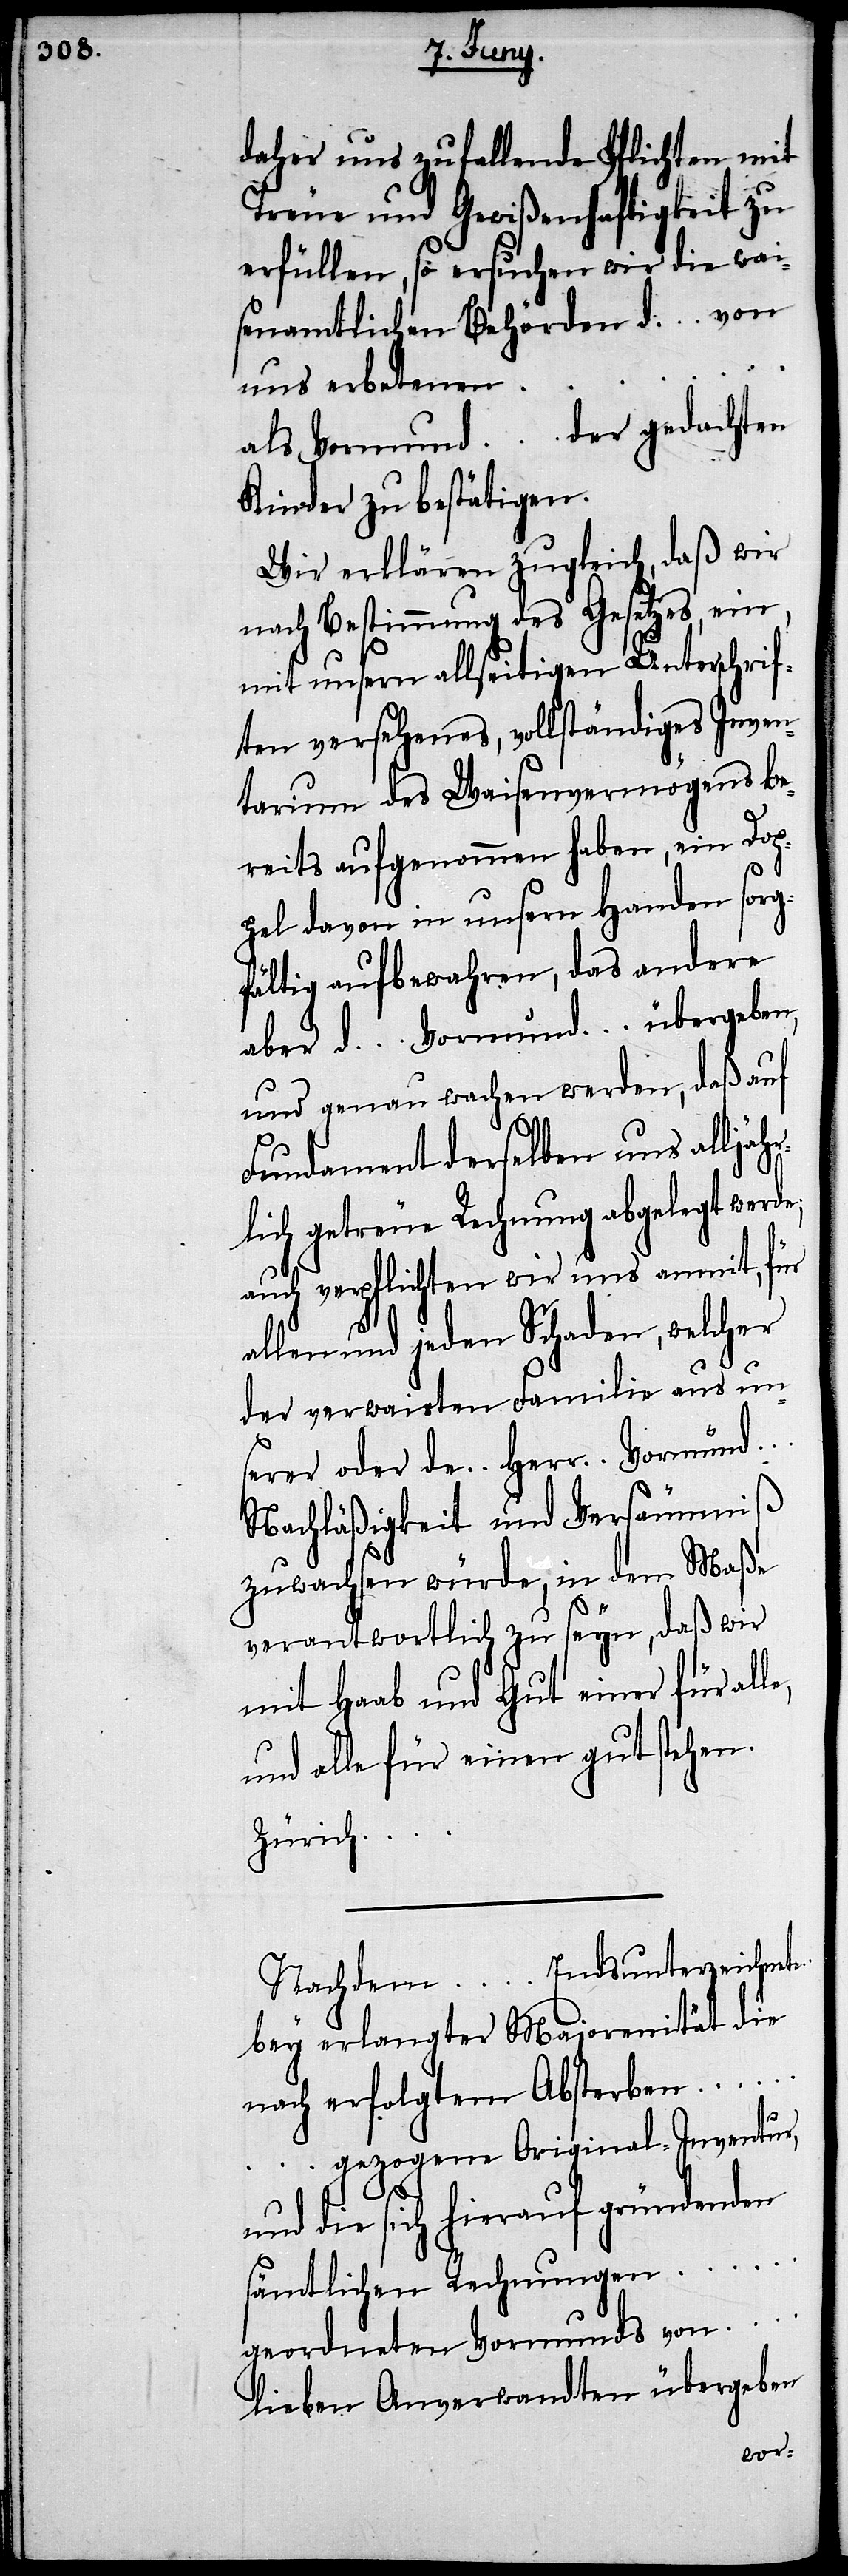
daher uns zufallende Pflichten mit
Treue und Gewißenhaftigkeit zu
erfüllen, so ersuchen wir die wai¬
senamtlichen Behörden d. … von
uns erbetenen …
als Vormund … der gedachten
Kinder zu bestätigen.
Wir erklären zugleich, daß wir
nach Bestimmung des Gesetzes, ein,
mit unsern allseitigen Unterschrif¬
ten versehenes, vollständiges Inven¬
tarium des Waisenvermögens be¬
reits aufgenommen haben, ein Dop¬
pel davon in unsern Handen sorg¬
fältig aufbewahren, das andere
aber d. … Vormund … übergeben,
und genau wachen werden, daß auf
Fundament derselben uns alljähr¬
lich getreue Rechnung abgelegt werde;
auch verpflichten wir uns anmit, für
allen und jeden Schaden, welcher
der verwaisten Familie aus uns¬
erer oder de. … Herr … Vormund …
Nachläßigkeit und Versäumniß
zuwachsen würde, in dem Maße
verantwortlich zu seyn, daß wir
mit Haab und Gut einer für alle,
und alle für einen gutstehen.
Zürich …
Nachdem … Endsunterzeichnete
bey erlangter Majorenität die
nach erfolgtem Absterben …
gezogene Original-Inventur,
und die sich hierauf gründenden
sämtlichen Rechnungen
geordneten Vormunds von …
lieben Anverwandten übergeben